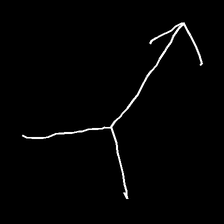
Glyph: gather